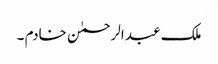
ملک عبد الرحمٰن خادم ۔